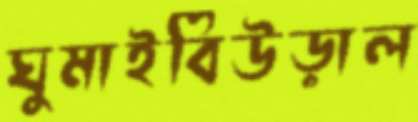
ঘুমাইবিউড়াল